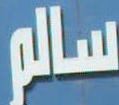
سالم